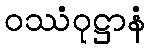
ဝဿံဝုဋ္ဌာနံ